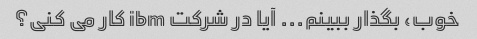
خوب، بگذار ببینم... آیا در شرکت ibm کار می کنی؟